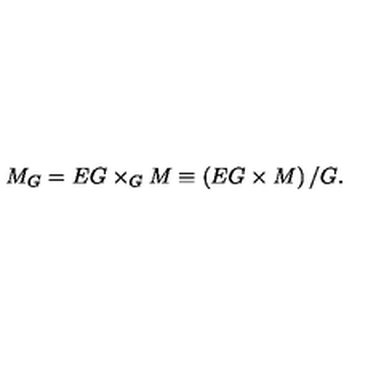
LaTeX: M _ { G } = E G \times _ { G } M \equiv \left( E G \times M \right) / G .